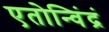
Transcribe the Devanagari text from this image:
एतोन्विंद्रं